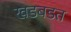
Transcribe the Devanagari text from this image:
खडबडत